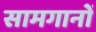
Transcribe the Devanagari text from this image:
सामगानों